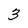
Character: 3